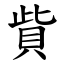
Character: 貲